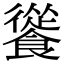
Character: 𩞐